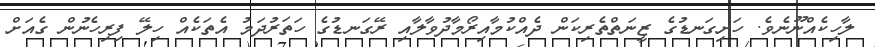
ލާހިކެއްނޫނެވެ. ހަށިގަނޑުގެ ޒީނަތްތެރިކަން ދެއްކުމާއިރޯމާދުވާލާއި ރޭގަނޑުގެ ހަތަރުދަމު އެތަކެއް ހިލޭ ފިރިހެނުން ގެއަށް